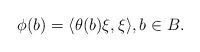
LaTeX: \begin{align*}\phi(b)=\langle \theta(b)\xi,\xi\rangle, b\in B.\end{align*}